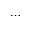
\cdots